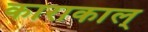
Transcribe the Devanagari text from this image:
काराकाल्